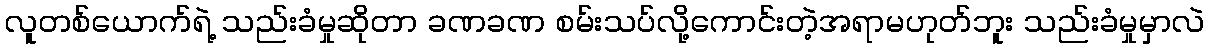
လူတစ်ယောက်ရဲ့ သည်းခံမှုဆိုတာ ခဏခဏ စမ်းသပ်လို့ကောင်းတဲ့အရာမဟုတ်ဘူး သည်းခံမှုမှာလဲ